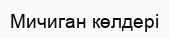
Мичиган көлдері